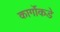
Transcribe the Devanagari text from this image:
कार्गोकडे